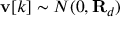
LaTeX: \mathbf { v } [ k ] \sim N ( 0 , \mathbf { R } _ { d } )